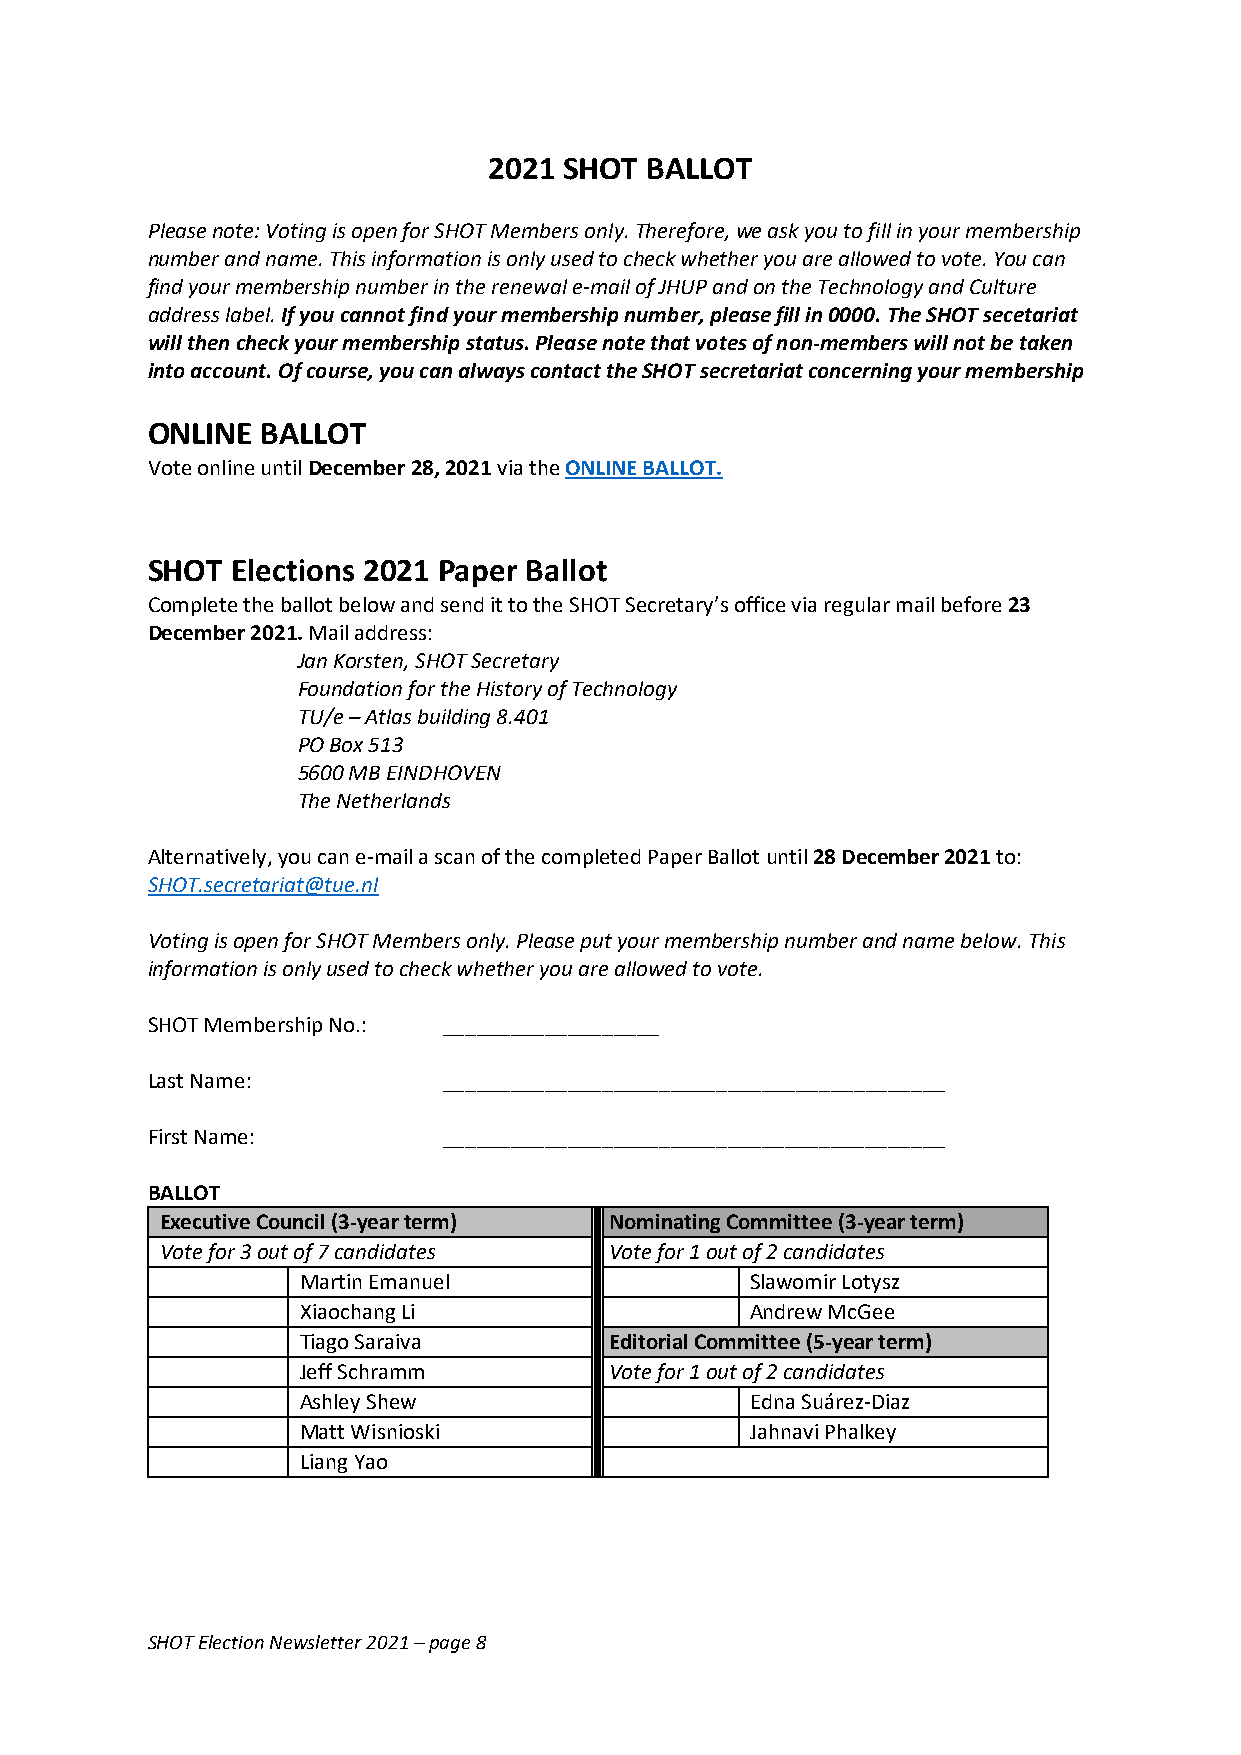
2021 SHOT  BALLOT
 Please note: Voting is open for SHOT Members only. Therefore, we ask you to fill in your membership
 number and name. This information is only used to check whether you are allowed to vote. You can
 find your membership number in the renewal e-mail of JHUP and on the Technology and Culture
 address label. If you cannot find your membership number, please fill in 0000. The SHOT secetariat
 will then check your membership status. Please note that votes of non-members will not be taken
 into account. Of course, you can always contact the SHOT secretariat concerning your membership
 ONLINE BALLOT
 Vote online until December 28, 2021 via the ONLINE BALLOT.
 SHOT Elections 2021 Paper Ballot
 Complete the ballot below and send it to the SHOT Secretary’s office via regular mail before 23
 December 2021. Mail address:
 Jan Korsten, SHOT Secretary
 Foundation for the History of Technology
 TU/e – Atlas building 8.401
 PO Box 513
 5600 MB EINDHOVEN
 The Netherlands
 Alternatively, you can e-mail a scan of the completed Paper Ballot until 28 December 2021 to:
 SHOT.secretariat@tue.nl
 Voting is open for SHOT Members only. Please put your membership number and name below. This
 information is only used to check whether you are allowed to vote.
 SHOT Membership No.: ___________________
 Last Name:         ____________________________________________
 First Name:        ____________________________________________
 BALLOT
 Executive Council (3-year term) Nominating Committee (3-year term)
 Vote for 3 out of 7 candidates Vote for 1 out of 2 candidates
 Martin Emanuel                Slawomir Lotysz
 Xiaochang Li                  Andrew McGee
 Tiago Saraiva       Editorial Committee (5-year term)
 Jeff Schramm        Vote for 1 out of 2 candidates
 Ashley Shew                   Edna Suárez-Diaz
 Matt Wisnioski                Jahnavi Phalkey
 Liang Yao
 SHOT Election Newsletter 2021 – page 8